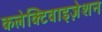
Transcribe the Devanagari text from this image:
कलेक्टिवाइज़ेशन